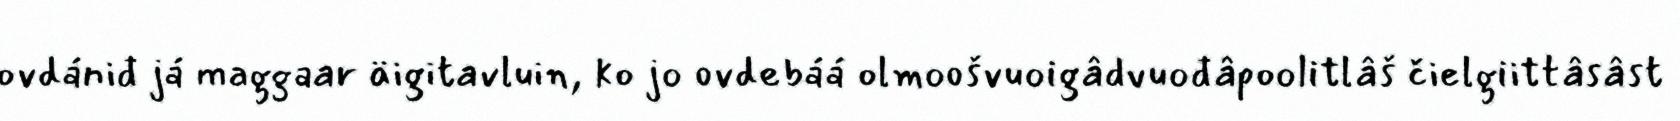
ovdániđ já maggaar äigitavluin, ko jo ovdebáá olmoošvuoigâdvuođâpoolitlâš čielgiittâsâst